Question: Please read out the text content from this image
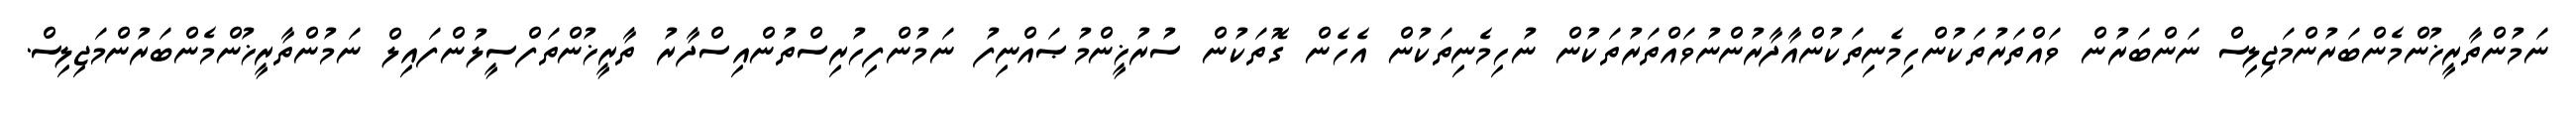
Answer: ނަމުންތާރީޚުންމެންބަރުންމަޖިލިސް ނަންބަރުން ވައްތަރުތަކުންހިމެނިތަކުންއާދާރުންނުވައްތަރުތަކުން ނުހިމެނިތަކުން އެހެން ގޮތަކުން ސުރުޚީންމުޞައްނިފު ނަމުންފިހުރިސްތުންއިސްދާރު ތާރީޚުންތަފްސީލުންފައިލް ނަމުންތާރީޚުންމެންބަރުންމަޖިލިސް.